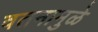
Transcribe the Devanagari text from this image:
वतनामुळे